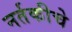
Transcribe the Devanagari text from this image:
नर्तकीचे